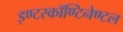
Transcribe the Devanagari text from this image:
इण्टरकॉण्टिनेण्टल